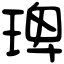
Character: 琕